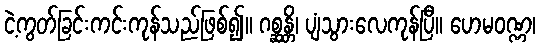
ငဲ့ကွတ်ခြင်းကင်းကုန်သည်ဖြစ်၍။ ဂစ္ဆန္တိ၊ ပျံသွားလေကုန်ပြီ။ ဟေမဝဏ္ဏ၊